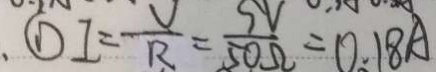
. \textcircled { 1 } I = \frac { V } { R } = \frac { 5 V } { 5 0 \Omega } = 0 . 1 8 A